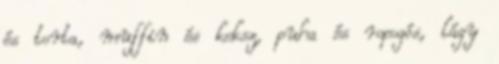
és torta, muffin és keksz, puha és ropogós, lágy